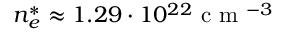
n _ { e } ^ { * } \approx 1 . 2 9 \cdot 1 0 ^ { 2 2 } \mathrm { ~ c ~ m ~ } ^ { - 3 }